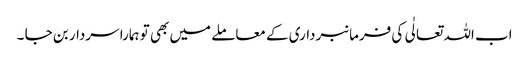
اب اللہ تعالٰی کی فرمانبرداری کے معاملے میں بھی تو ہمارا سردار بن جا ۔